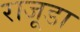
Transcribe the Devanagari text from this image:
राजूडा